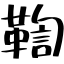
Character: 鞫